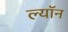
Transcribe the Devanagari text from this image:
ल्याॅन